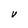
Character: V